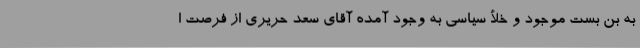
به بن بست موجود و خلأ سیاسی به وجود آمده آقای سعد حریری از فرصت ا